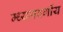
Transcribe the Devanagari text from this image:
म्ध्यमवर्गीय